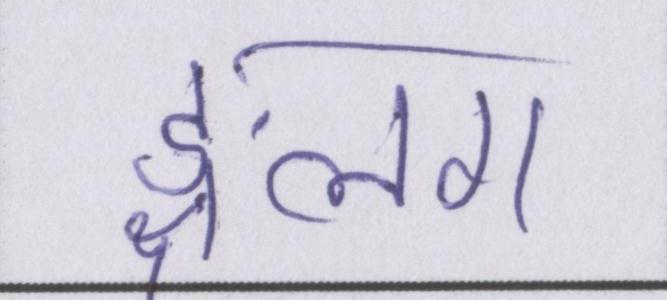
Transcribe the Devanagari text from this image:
ङ्क्षलग